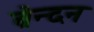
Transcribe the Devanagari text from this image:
ब्रेन्दन